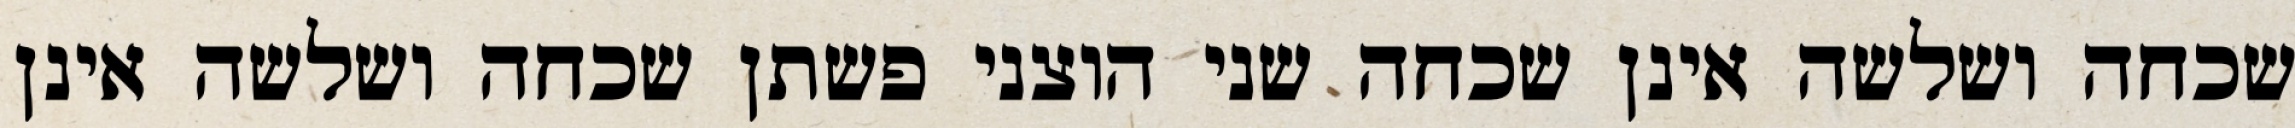
שכחה ושלשה אינן שכחה שני הוצני פשתן שכחה ושלשה אינן